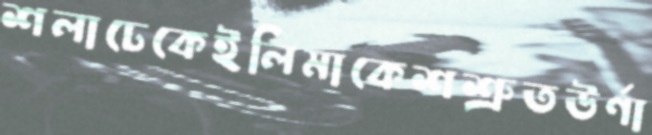
শলাঢেকেইলিমাকেশশ্রুতউর্ণা